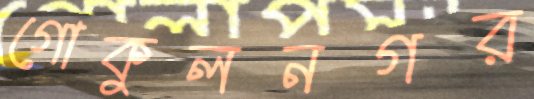
গোকুলনগর